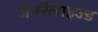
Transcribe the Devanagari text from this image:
जेनरैलाइज्ड